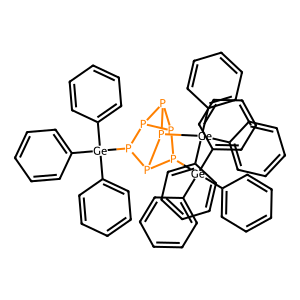
SMILES: c1ccc([Ge](c2ccccc2)(c2ccccc2)p2p3p([Ge](c4ccccc4)(c4ccccc4)c4ccccc4)p4p2p4p3[Ge](c2ccccc2)(c2ccccc2)c2ccccc2)cc1
Inhibits HIV replication: No